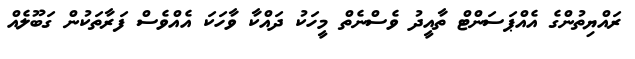
ރައްޔިތުންގެ އެއްޕަސަންޓް ތާއީދު ވެސްނެތް މީހަކު ދައްކާ ވާހަކަ އެއްވެސް ފަރާތަކުން ގަބޫލެއް